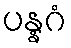
ပန္နဂံ